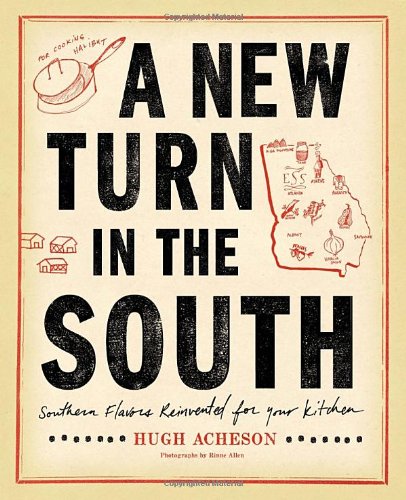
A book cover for A New Turn in the South: Southern Flavors Reinvented for Your Kitchen; Hugh Acheson; Cookbooks, Food & Wine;